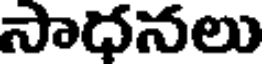
సాధనలు